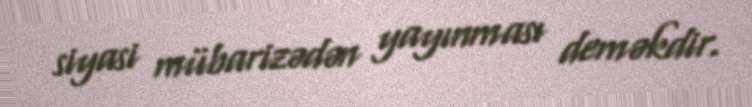
siyasi mübarizədən yayınması deməkdir.